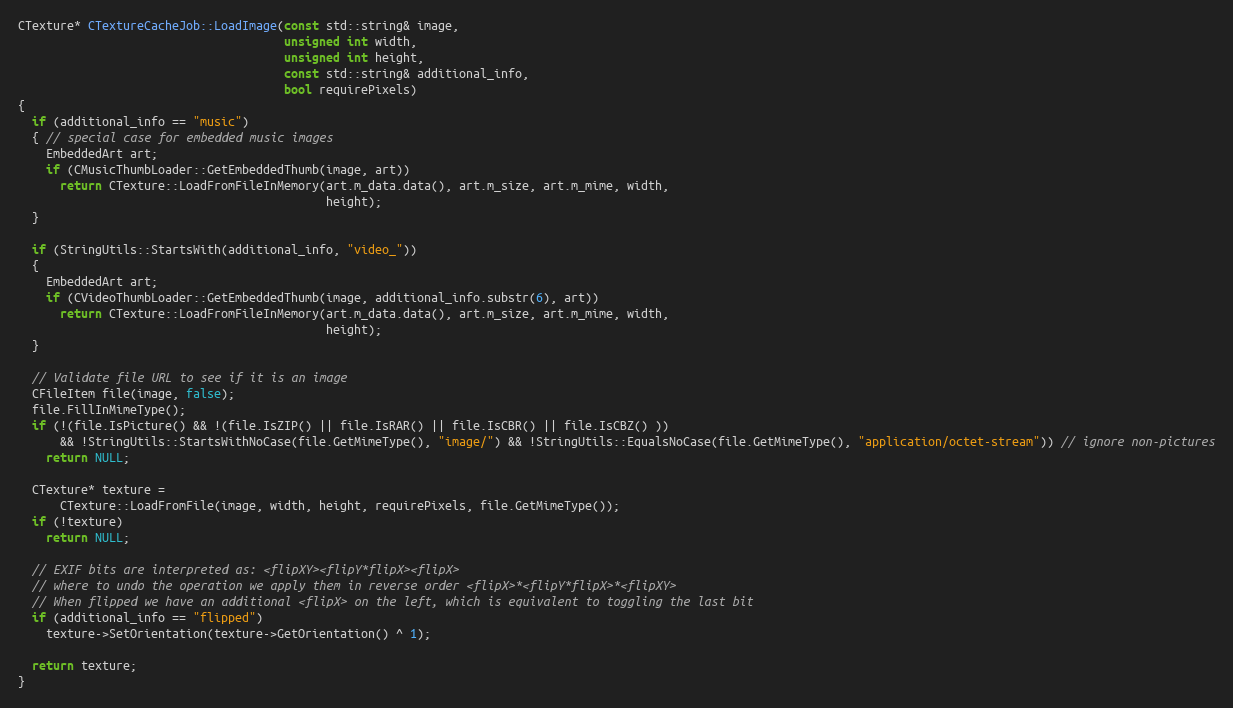
Language: C++
CTexture* CTextureCacheJob::LoadImage(const std::string& image,
                                      unsigned int width,
                                      unsigned int height,
                                      const std::string& additional_info,
                                      bool requirePixels)
{
  if (additional_info == "music")
  { // special case for embedded music images
    EmbeddedArt art;
    if (CMusicThumbLoader::GetEmbeddedThumb(image, art))
      return CTexture::LoadFromFileInMemory(art.m_data.data(), art.m_size, art.m_mime, width,
                                            height);
  }

  if (StringUtils::StartsWith(additional_info, "video_"))
  {
    EmbeddedArt art;
    if (CVideoThumbLoader::GetEmbeddedThumb(image, additional_info.substr(6), art))
      return CTexture::LoadFromFileInMemory(art.m_data.data(), art.m_size, art.m_mime, width,
                                            height);
  }

  // Validate file URL to see if it is an image
  CFileItem file(image, false);
  file.FillInMimeType();
  if (!(file.IsPicture() && !(file.IsZIP() || file.IsRAR() || file.IsCBR() || file.IsCBZ() ))
      && !StringUtils::StartsWithNoCase(file.GetMimeType(), "image/") && !StringUtils::EqualsNoCase(file.GetMimeType(), "application/octet-stream")) // ignore non-pictures
    return NULL;

  CTexture* texture =
      CTexture::LoadFromFile(image, width, height, requirePixels, file.GetMimeType());
  if (!texture)
    return NULL;

  // EXIF bits are interpreted as: <flipXY><flipY*flipX><flipX>
  // where to undo the operation we apply them in reverse order <flipX>*<flipY*flipX>*<flipXY>
  // When flipped we have an additional <flipX> on the left, which is equivalent to toggling the last bit
  if (additional_info == "flipped")
    texture->SetOrientation(texture->GetOrientation() ^ 1);

  return texture;
}